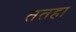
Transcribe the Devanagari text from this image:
ततहा